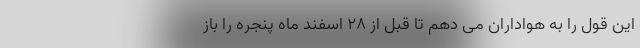
این قول را به هواداران می دهم تا قبل از ۲۸ اسفند ماه پنجره را باز